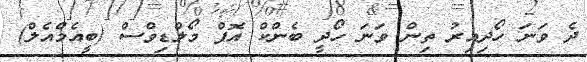
ދެ ވަނަ ހޯދިިއިރު ތިން ވަނަ ހޯދީ ބެންކް އޮފް މޯލްޑިވްސް (ބީއެމްއެލް)